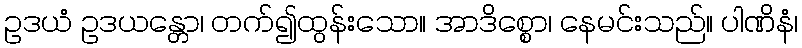
ဥဒယံ ဥဒယန္တော၊ တက်၍ထွန်းသော။ အာဒိစ္စော၊ နေမင်းသည်။ ပါဏိနံ၊